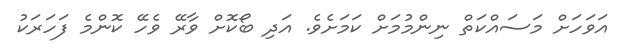
އަވަހަށް މަަސައްކަތް ނިންމުމަށް ކަމަށެވެ. އަދި ބޯކޮށް ވާރޭ ވެހޭ ކޮންމެ ފަހަރަކު